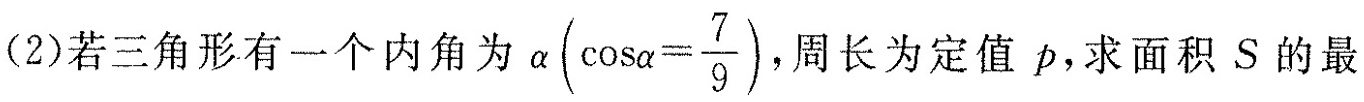
(2)若三角形有一个内角为 $$α ( \cos α = \frac { 7 }{ 9 })$$ ，周长为定值p，求面积S的最